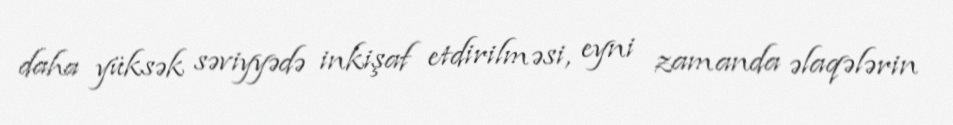
daha yüksək səviyyədə inkişaf etdirilməsi, eyni zamanda əlaqələrin